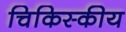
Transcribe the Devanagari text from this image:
चिकिस्कीय